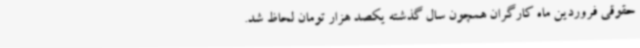
حقوقی فروردین ماه کارگران همچون سال گذشته یکصد هزار تومان لحاظ شد.